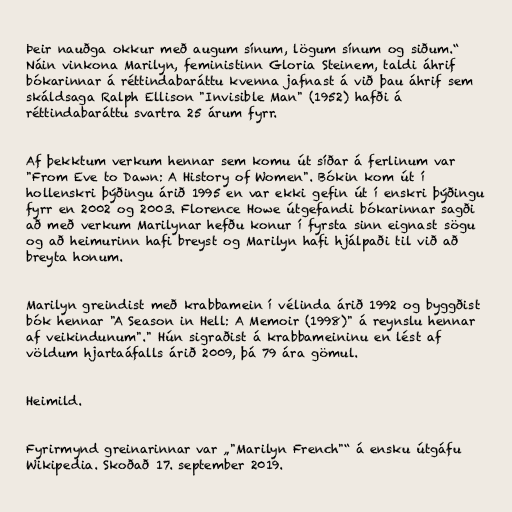
Þeir nauðga okkur með augum sínum, lögum sínum og siðum.“
Náin vinkona Marilyn, feministinn Gloria Steinem, taldi áhrif
bókarinnar á réttindabaráttu kvenna jafnast á við þau áhrif sem
skáldsaga Ralph Ellison "Invisible Man" (1952) hafði á
réttindabaráttu svartra 25 árum fyrr.

Af þekktum verkum hennar sem komu út síðar á ferlinum var
"From Eve to Dawn: A History of Women". Bókin kom út í
hollenskri þýðingu árið 1995 en var ekki gefin út í enskri þýðingu
fyrr en 2002 og 2003. Florence Howe útgefandi bókarinnar sagði
að með verkum Marilynar hefðu konur í fyrsta sinn eignast sögu
og að heimurinn hafi breyst og Marilyn hafi hjálpaði til við að
breyta honum.

Marilyn greindist með krabbamein í vélinda árið 1992 og byggðist
bók hennar "A Season in Hell: A Memoir (1998)" á reynslu hennar
af veikindunum"." Hún sigraðist á krabbameininu en lést af
völdum hjartaáfalls árið 2009, þá 79 ára gömul.

Heimild.

Fyrirmynd greinarinnar var „"Marilyn French"“ á ensku útgáfu
Wikipedia. Skoðað 17. september 2019.